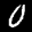
Label: 0